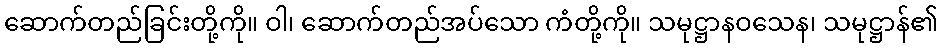
ဆောက်တည်ခြင်းတို့ကို။ ဝါ၊ ဆောက်တည်အပ်သော ကံတို့ကို။ သမုဋ္ဌာနဝသေန၊ သမုဋ္ဌာန်၏